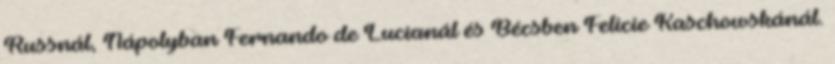
Russnál, Nápolyban Fernando de Lucianál és Bécsben Felicie Kaschowskánál.